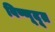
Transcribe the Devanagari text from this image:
विष्णूदूत